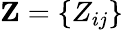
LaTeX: \mathbf{Z}=\{ Z_{ij}\}